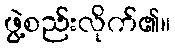
ဖွဲ့စည်းလိုက်၏။